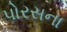
પોરસના